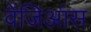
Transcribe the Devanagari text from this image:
वेंजिआंस